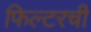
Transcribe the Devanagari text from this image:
फिल्टरची